Civil Veterinary Department. Madras. Admin. report 1926-33 - 1926-1933
Year: 1926
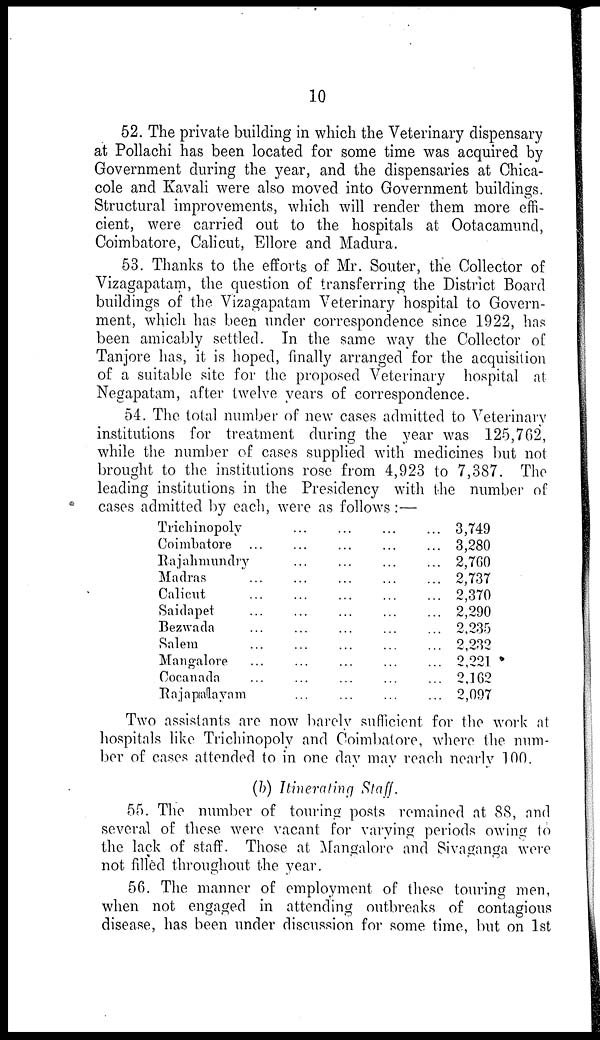
10
52. The private building in which the Veterinary dispensary
at Pollachi has been located for some time was acquired by
Government during the year, and the dispensaries at Chica-
cole and Kavali were also moved into Government buildings.
Structural improvements, which will render them more effi-
cient, were carried out to the hospitals at Ootacamund,
Coimbatore, Calicut, Ellore and Madura.
53. Thanks to the efforts of Mr. Souter, the Collector of
Vizagapatam, the question of transferring the District Board
buildings of the Vizagapatam Veterinary hospital to Govern-
ment, which has been under correspondence since 1922, has
been amicably settled. In the same way the Collector of
Tanjore has, it is hoped, finally arranged for the acquisition
of a suitable site for the proposed Veterinary hospital at
Negapatam, after twelve years of correspondence.
54. The total number of new cases admitted to Veterinary
institutions for treatment during the year was 125,762,
while the number of cases supplied with medicines but not
brought to the institutions rose from 4,923 to 7,387. The
leading institutions in the Presidency with the number of
cases admitted by each, were as follows:—
Trichinopoly
Coimbatore ...
Rajahmundry
Madras ...
Calicut ...
Saidapet ...
Bezwada ...
Salem ...
Man galore ...
Cocanada ...
Rajapalayam
...
...
...
...
...
...
...
...
...
...
...
...
...
...
...
...
...
...
...
...
...
...
...
...
...
...
...
...
...
...
...
...
...
...
...
...
...
...
...
...
...
...
...
...
3,749
3,280
2,760
2,737
2,370
2,290
2,235
2,232
2,221
2,162
2,097
Two assistants are now barely sufficient for the work at
hospitals like Trichinopoly and Coimbatore, where the num-
ber of cases attended to in one day may reach nearly 100.
(b) Itinerating Staff.
55. The number of touring posts remained at 88, and
several of these were vacant for varying periods owing to
the lack of staff. Those at Mangalore and Sivaganga were
not filled throughout the year.
56. The manner of employment of these touring men,
when not engaged in attending outbreaks of contagious
disease, has been under discussion for some time, but on 1st